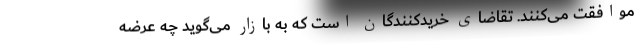
موافقت می‌کنند. تقاضای خریدکنندگان است که به بازار می‌گوید چه عرضه